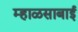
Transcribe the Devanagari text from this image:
म्हाळसाबाई